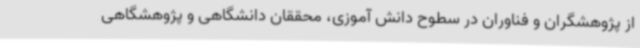
از پژوهشگران و فناوران در سطوح دانش آموزی، محققان دانشگاهی و پژوهشگاهی